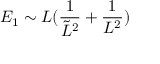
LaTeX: E _ { 1 } \sim L ( \frac { 1 } { \tilde { L } ^ { 2 } } + \frac { 1 } { L ^ { 2 } } )